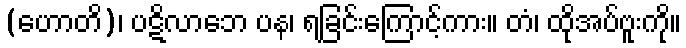
(ဟောတိ)၊ ပဋိလာဘေ ပန၊ ရခြင်းကြောင့်ကား။ တံ၊ ထိုအပ်ဗူးကို။